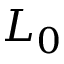
L _ { 0 }